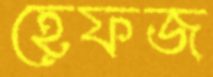
হেফজ